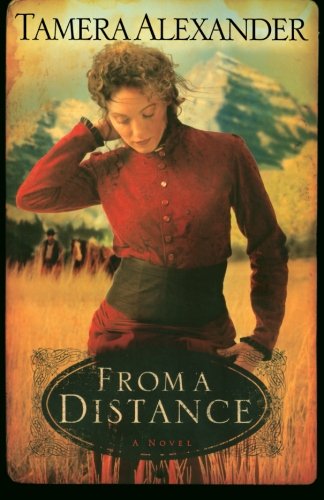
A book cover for From a Distance (Timber Ridge Reflections, Book 1); Tamera Alexander; Romance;